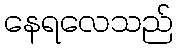
နေရလေသည်